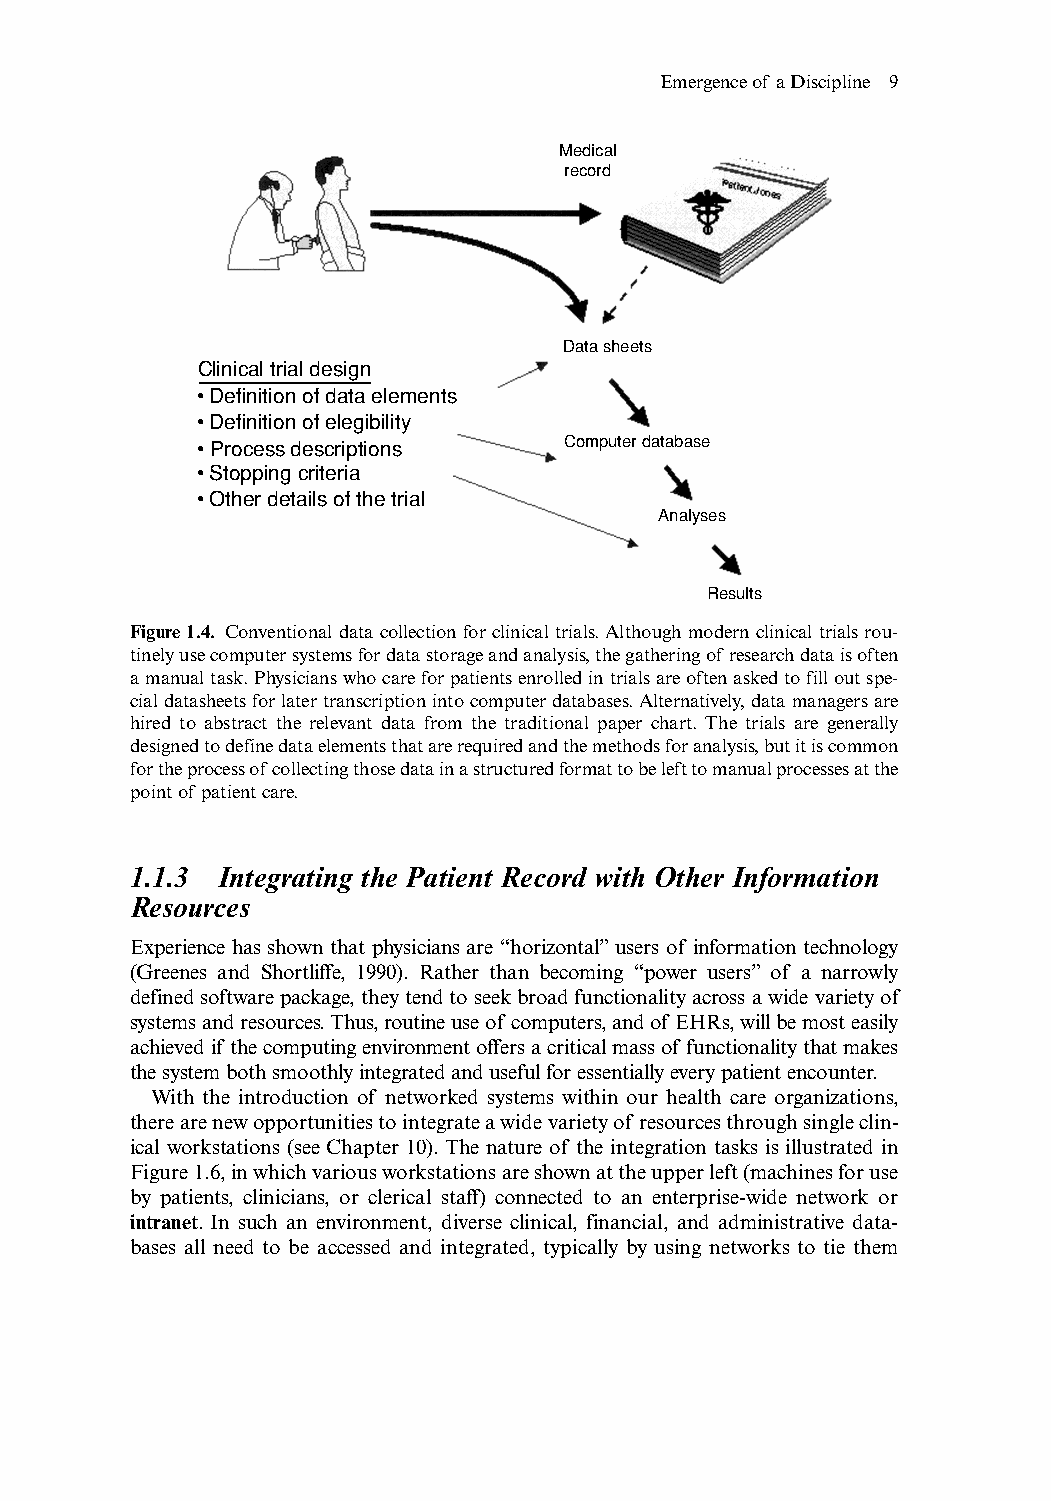
Emergence of a Discipline 9
 Medical
 record
 Data sheets
 Clinical trial design
 • Definition of data elements
 • Definition of elegibility
 • Process descriptions   Computer database
 • Stopping criteria
 • Other details of the trial
 Analyses
 Results
 Figure 1.4. Conventional data collection for clinical trials.Although modern clinical trials rou-
 tinely use computer systems for data storage and analysis,the gathering of research data is often
 a manual task.Physicians who care for patients enrolled in trials are often asked to fill out spe-
 cial datasheets for later transcription into computer databases.Alternatively,data managers are
 hired to abstract the relevant data from the traditional paper chart. The trials are generally
 designed to define data elements that are required and the methods for analysis,but it is common
 for the process ofcollecting those data in a structured format to be left to manual processes at the
 point of patient care.
 1.1.3 Integrating the Patient Record with Other Information
 Resources
 Experience has shown that physicians are “horizontal”users of information technology
 (Greenes and Shortliffe, 1990). Rather than becoming “power users” of a narrowly
 defined software package,they tend to seek broad functionality across a wide variety of
 systems and resources.Thus,routine use of computers,and of EHRs,will be most easily
 achieved if the computing environment offers a critical mass of functionality that makes
 the system both smoothly integrated and useful for essentially every patient encounter.
 With the introduction of networked systems within our health care organizations,
 there are new opportunities to integrate a wide variety of resources through single clin-
 ical workstations (see Chapter 10). The nature of the integration tasks is illustrated in
 Figure 1.6,in which various workstations are shown at the upper left (machines for use
 by patients, clinicians, or clerical staff) connected to an enterprise-wide network or
 intranet. In such an environment, diverse clinical, financial, and administrative data-
 bases all need to be accessed and integrated, typically by using networks to tie them